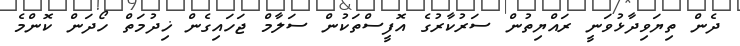
ދެން ތިޔަވިދާޅުވަނީ ރައްޔިތުން ސަރުކާރުގެ އޮފީސްތަކުން ސަލާމް ޖަހައިގެން ޚިދުމަތް ހޯދަން ކޮންމެ